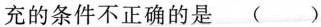
充的条件不正确的是()